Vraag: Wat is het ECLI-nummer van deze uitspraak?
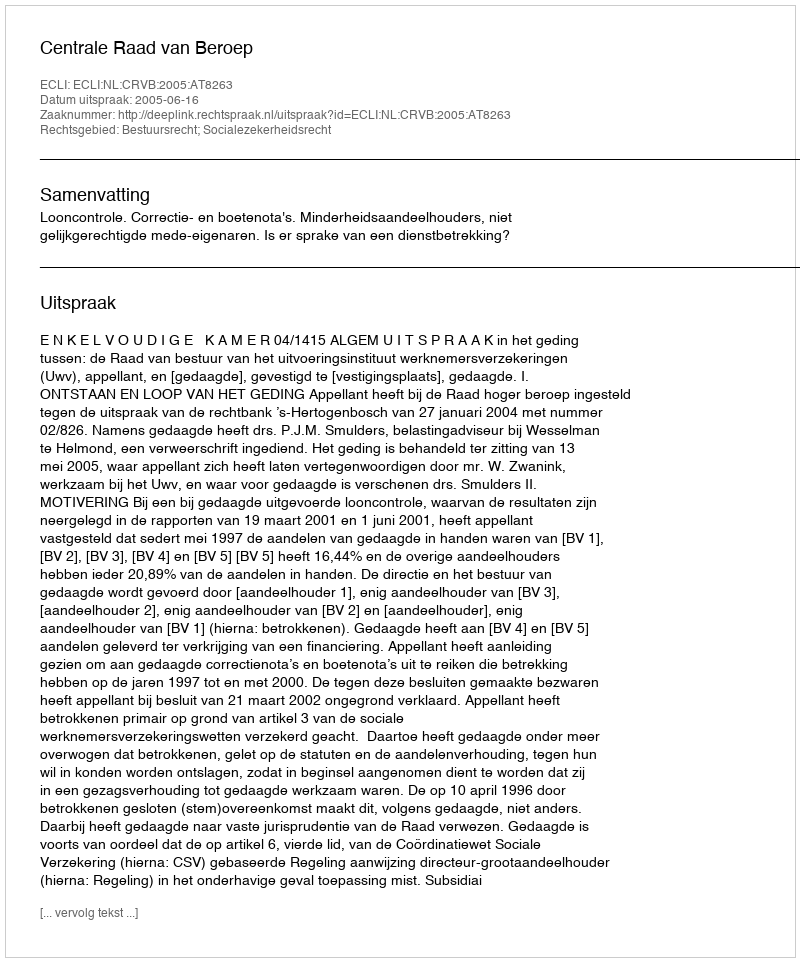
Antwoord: ECLI:NL:CRVB:2005:AT8263